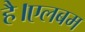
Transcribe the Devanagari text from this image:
है।एलबम